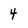
Character: 4